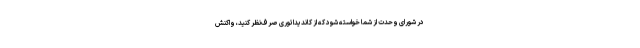
در شورای وحدت از شما خواسته شود که از کاندیداتوری صرف‌نظر کنید، واکنش